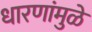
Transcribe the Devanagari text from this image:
धारणांमुळे